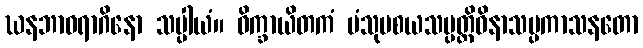
ဃနဘာဝရာဂိနော သပ္ပါယံ။ ဝိက္ခာယိတကံ မံသုပစယသမ္ပတ္တိဝိနာသပ္ပကာသနတော